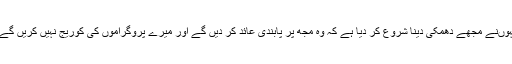
انہوںنے مجھے دھمکی دینا شروع کر دیا ہے کہ وہ مجھ پر پابندی عائد کر دیں گے اور میرے پروگراموں کی کوریج نہیں کریں گے ۔